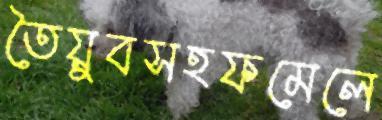
তৈয়ুবসহফমেলে